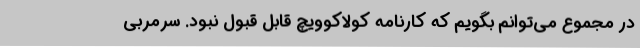
در مجموع می‌توانم بگویم که کارنامه کولاکوویچ قابل قبول نبود. سرمربی